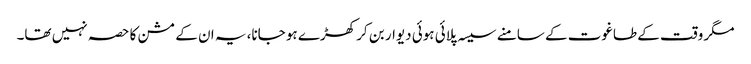
مگر وقت کے طاغوت کے سامنے سیسہ پلائی ہوئی دیوار بن کر کھڑے ہو جانا، یہ ان کے مشن کا حصہ نہیں تھا۔